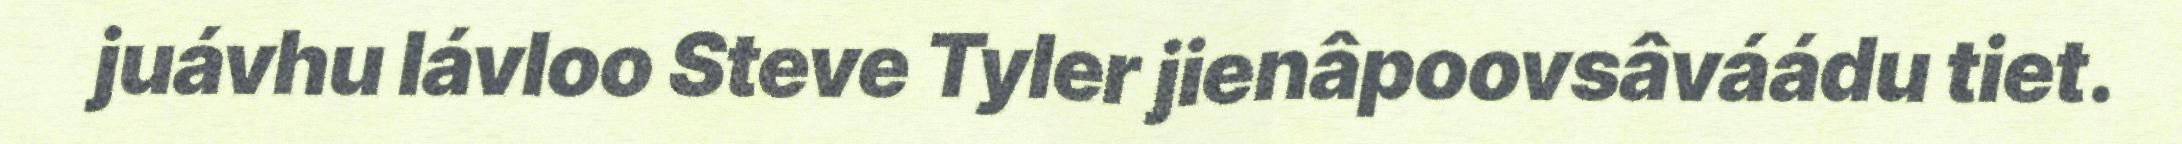
juávhu lávloo Steve Tyler jienâpoovsâváádu tiet.